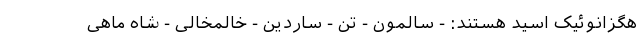
هگزانوئیک اسید هستند: - سالمون - تن - ساردین - خالمخالی - شاه ماهی